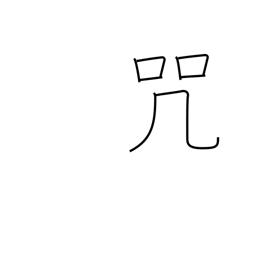
Meaning: malediction